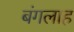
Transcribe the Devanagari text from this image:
बंगलाह